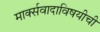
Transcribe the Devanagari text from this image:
मार्क्सवादाविषयीची